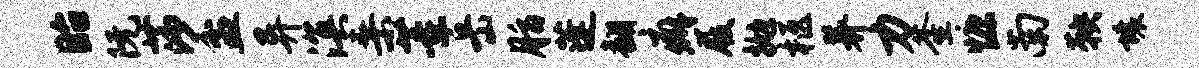
眙阮莎盆异溟桑董岳脂蓬翻癖屐抛柩养力釜慷南鞅壤